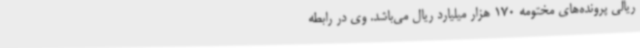
ریالی پرونده‌های مختومه 170 هزار میلیارد ریال می‌باشد. وی در رابطه